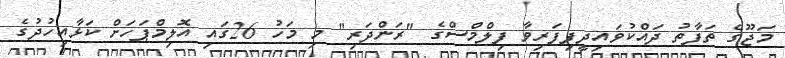
މަޖޫގެ ތަފާތު ދައްކުވައިދީފިފަރިވާ ފިލްމްސްގެ "ރަންދަރި" މި މަހު 26ގައި އޮލިމްޕަހަށް ކަޅާއިހުދުގެ